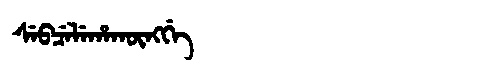
Manchu: ᠰᡝᠪᠴᡝᠯᡝᡥᠠᡴᡡᠩᡤᡝ
Romanization: SEBCELEHAKŪNGGE